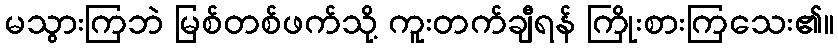
မသွားကြဘဲ မြစ်တစ်ဖက်သို့ ကူးတက်ချီရန် ကြိုးစားကြသေး၏။